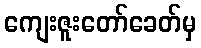
ကျေးဇူးတော်ခေတ်မှ